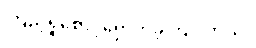
ကြည့်ရှုစောင့်ရှောက်ခဲ့ကြပါတယ်။